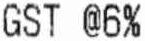
GST @6%